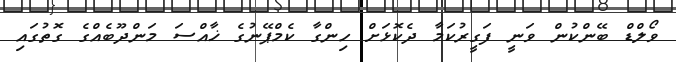
ވޯލްޑް ބޭންކުން ވަނީ ފަގީރުކަމާ ދެކޮޅަށް ހިންގާ ކެމްޕޭނުގެ ޚާއްސަ މަންދޫބެއްގެ ގޮތުގައި